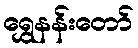
ရွှေနန်းတော်